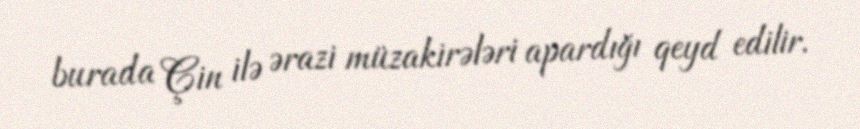
burada Çin ilə ərazi müzakirələri apardığı qeyd edilir.